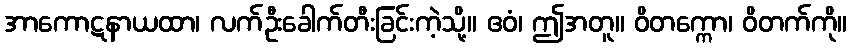
အာကောဋနာယထာ၊ လက်ဦးခေါက်တီးခြင်းကဲ့သို့။ ဧဝံ၊ ဤအတူ။ ဝိတက္ကော၊ ဝိတက်ကို။